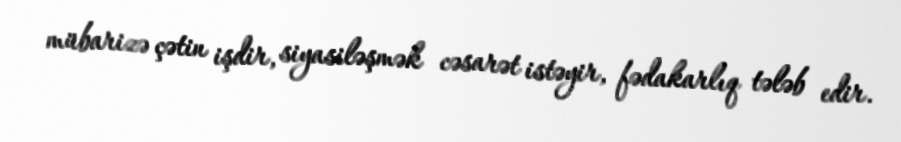
mübarizə çətin işdir, siyasiləşmək cəsarət istəyir, fədakarlıq tələb edir.